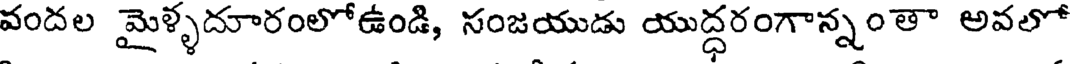
వందల మైళ్ళదూరంలోఉండి, సంజయుడు యుద్ధరంగాన్నంతా అవలో